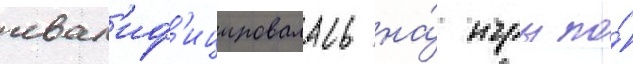
квал'иф'ицировалась на́ игры по́